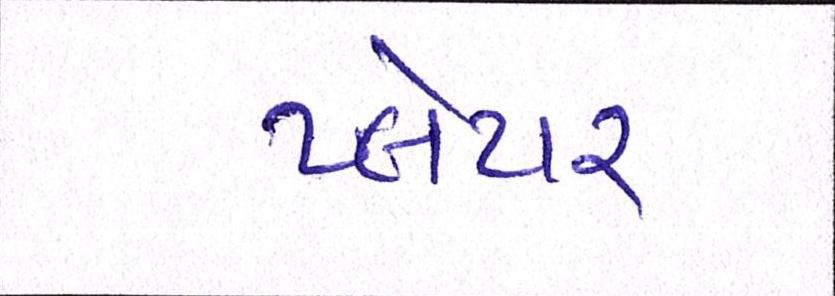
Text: પ્લેયર